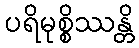
ပရိမုစ္စိဿန္တိ